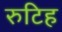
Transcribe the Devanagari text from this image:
रुटिह